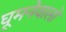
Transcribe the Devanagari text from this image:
घूमनेवालों